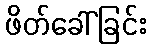
ဖိတ်ခေါ်ခြင်း